King Institute of Preventive Medicine Micro-Biological Section reports 1909-11
Year: 1909
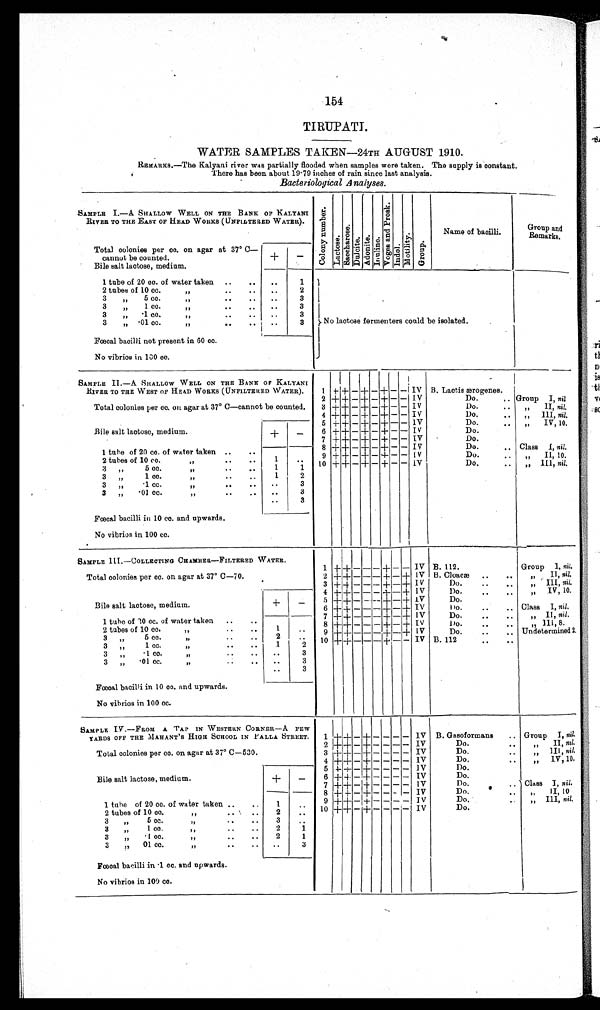
154
TIRUPATI.
WATER SAMPLES TAKEN—24TH AUGUST 1910.
REMARKS.—The Kalyani river was partially flooded when samples were taken. The supply is constant.
There has been about 19·79 inches of rain since last analysis.
Bacteriological Analyses
SAMPLE I.—A. SHALLOW WELL ON THE BANK OF KALYANI
RIVER TO THE EAST OF HEAD WORKS (UNFILTERED WATER).
C o l o n y n u mb e r
L a c t o s e S a c c h a r o s e . . D u l c i t e A d o n i t e
Inuline
V o g e s a n d P r o s k
Indol M o t i l i t y
Group
Name of bacilli.
Group
an
d Remarks.
Total colonies per cc. on agar at 37° C—
cannot be counted.
+
−
Bile salt lactose, medium.
1 tube of 20 cc. of water taken
1
No lactose fermenters be
could isolated.
2 tubes of 10
cc. „
2
3 „ 5 cc. „
3
3 „ 1 cc. „
3
3 „ ·1cc. „
3
3 „ ·01 cc. „
3
Fœcal bacilli not present in 60 cc.
No vibrios in 100 cc.
SAMPLE II. —A SHALLOW WELL ON THE BANK OF KALYANI
RIVER To THE WEST OF HEAD WORKS (UNFILTERED WATER).
1
+ + − + −
+
− − IV B. Lactis ærogenes.
2 + + − + −
+
− − IV
Do.
Group I, nil
Total colonies per cc. on agar at 37° C—cannot be counted.
3
+
+
−
+ −
+
− − IV
Do.
„
II, nil.
4 +
+
−
+
−
+
− − IV
Do.
,, III, nil.
+
−
5 + + − + −
+
− − 1V
Do.
„ IV, 10.
Bile salt lactose, medium.
6 +
+
−
+
−
+
− − IV
Do.
7
+
+ −
+
−
+
− − IV
Do.
8 + + − + −
+
− − IV
Do.
Class 1, nil.
1 tube of 20 cc. of water taken
1
9
+
+
−
+
−
+
− − IV
Do.
„ II, 10.
2 tubes of 10 cc.
5 „
1
10
+ + − + −
+
− − IV
Do.
„ III, nil.
3
„
5
cc. „
1
1
3
„
1
cc. „
1
2
3 „ ·1 cc. „
3
3 „ ·01 cc „.
3
3
Fœcal bacilli in 10 cc. and upwards.
No vibrios in 100 cc.
SAMPLE III.—COLLECTING CHAMBER—FILTERED WATER.
1
+ +
− − −
+
− − IV B. 112.
Group 1, nil.
Total colonies per cc. on agar at 37° C−70.
2 + + − − − + − + IV B. Cloacæ
„ II, nil.
3 +
+ − − −
+ −
+
IV
Do.
„ III, nil.
+ −
4
+
+ − − −
+
−
+
IV
Do.
„ IV, 10.
5 +
+
− − −
+
−
+
IV
Do.
Bile salt lactose, medium.
6 + +
− − − +
− +
IV
Do.
Class I, nil.
7
+ +
− − −
+
−
+
IV
Do.
„ II, nil.
1 tube of 10 cc. of water
,
taken
1
8
+
+
− − −
+
−
+
IV
Do.
„ III,
8
2 tubes of 10 cc. „
2
9
+ +
− − −
+
−
+
IV
Do.
Undetermined 2.
3 „ 5 cc. „
1
2
10
+ +
− − −
+
− - IV B. 112
3 „ 1 cc.„
3
3 „ ·1 cc. „
3
3 „ ·01 cc
. „
3
Fœcal bacilli in 10 cc. and upwards.
No vibrios in 100 cc.
SAMPLE IV.—FROM A TAP IN WESTERN CORNER—A FEW
YARDS OFF THE MAHANT'S HIGH SCHOOL IN PALLA STREET.
1
+
+ −
+
− − − − IV B. Gasoformans
Group I, nil.
2
+ +
− + − − − − IV
Do.
„
II, nil.
Total colonies per cc. on agar at 37° C—530.
3
+ + −
+
− − − − IV
Do.
„ III, nil.
4
+ +
−
+
− − − − IV
Do.
„ IV, 10.
+
−
5
+ +
− + − − − − IV
Do.
Bile salt lactose, medium.
6 +
+
−
+
− − − − IV
Do.
7
+
+ −
+
− − − − IV
Do.
Class I, nil.
8 +
+
−
+
− − − − IV
Do.
„ II, 10
1 tube of 20 cc. of water taken
1
9 +
+
−
+
− − − − IV
Do.
„ III, nil.
2 tubes of 10 cc.
2
10
+ +
−
+
− − − − IV
Do.
3 „ 5cc.
3
3 „ 1 cc
2
1
3 „ ·1cc.
2
1
3 „ ·01 cc.
3
Fœcal bacilli in 1 cc. and upwards.
No vibrios in 100 cc.